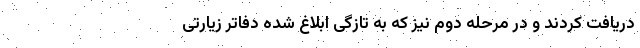
دریافت کردند و در مرحله دوم نیز که به تازگی ابلاغ شده دفاتر زیارتی